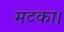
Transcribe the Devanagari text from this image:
मटका।